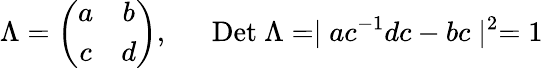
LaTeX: \Lambda=\left(\begin{array}{cc}{{a}}&{{b}}\\ {{c}}&{{d}}\end{array}\right),~~~~~~\mathrm{Det}~\Lambda=\mid ac^{-1}dc-bc\mid^{2}=1